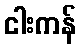
ငါးကန်